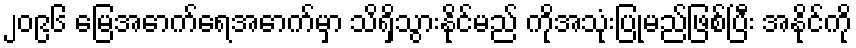
၂၀၉၆ မြေအောက်ရေအောက်မှာ သိရှိသွားနိုင်မည် ကိုအသုံးပြုမည်ဖြစ်ပြီး အနိုင်ကို